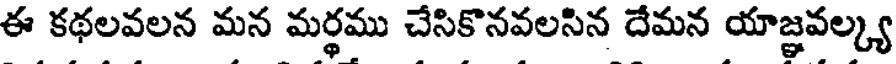
ఈ కథలవలన మన మర్థము చేసికొనవలసిన దేమన యాజ్ఞవల్క్య